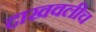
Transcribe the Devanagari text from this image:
दाखवलीच